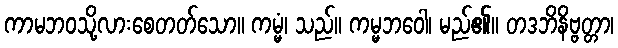
ကာမဘဝသို့လားစေတတ်သော။ ကမ္မံ၊ သည်။ ကမ္မဘဝေါ၊ မည်၏။ တဒဘိနိဗ္ဗတ္တာ၊